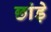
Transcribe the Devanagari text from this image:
छांड़े